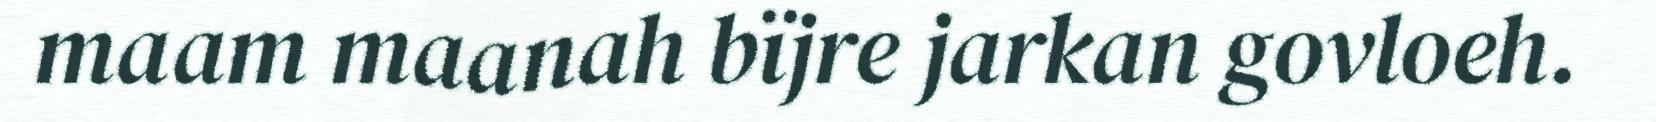
maam maanah bïjre jarkan govloeh.